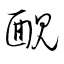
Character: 靦